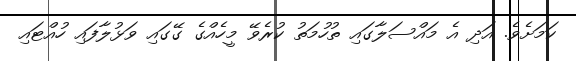
ކަމަށެވެ. އަދި އެ މައްސަލާގައި ތުހުމަތު ކުރެވޭ މީހެއްގެ ގޭގައި ވަޅުލާފައި ހުއްޓައި